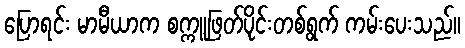
ပြောရင်း မာမီယာက စက္ကူဖြတ်ပိုင်းတစ်ရွက် ကမ်းပေးသည်။